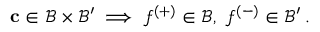
\begin{array} { r } { \mathbf { c } \in \mathcal { B } \times \mathcal { B } ^ { \prime } \implies f ^ { ( + ) } \in \mathcal { B } , \ f ^ { ( - ) } \in \mathcal { B } ^ { \prime } \, . } \end{array}